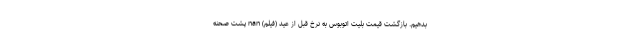
بدهیم. بازگشت قیمت بلیت اتوبوس‌ به نرخ قبل از عید (فیلم) nan پشت صحنه